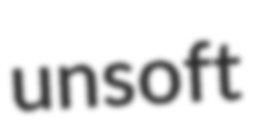
unsoft